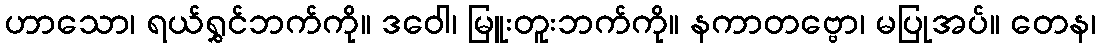
ဟာသော၊ ရယ်ရွှင်ဘက်ကို။ ဒဝေါ၊ မြူးတူးဘက်ကို။ နကာတဗ္ဗော၊ မပြုအပ်။ တေန၊